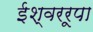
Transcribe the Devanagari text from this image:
ईश्वररूपा